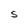
Character: S